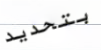
بتحديد